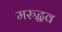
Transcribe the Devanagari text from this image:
मरुद्धव